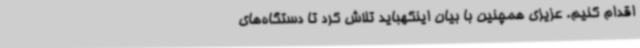
اقدام کنیم. عزیزی همچنین با بیان اینکهباید تلاش کرد تا دستگاه‌های